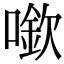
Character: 𠾬